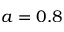
a = 0 . 8